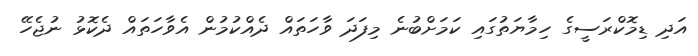
އަދި ޑިމޮކްރަސީގެ ހިމާޔަތުގައި ކަމަށްބުނެ މިފަދަ ވާހަތައް ދެއްކުމުން އެވާހަތައް ދެކޮޅު ނުޖެހޭ